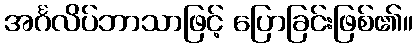
အင်္ဂလိပ်ဘာသာဖြင့် ပြောခြင်းဖြစ်၏။